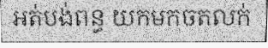
អត់បង់ពន្ធ យកមកចតលក់